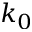
k _ { 0 }